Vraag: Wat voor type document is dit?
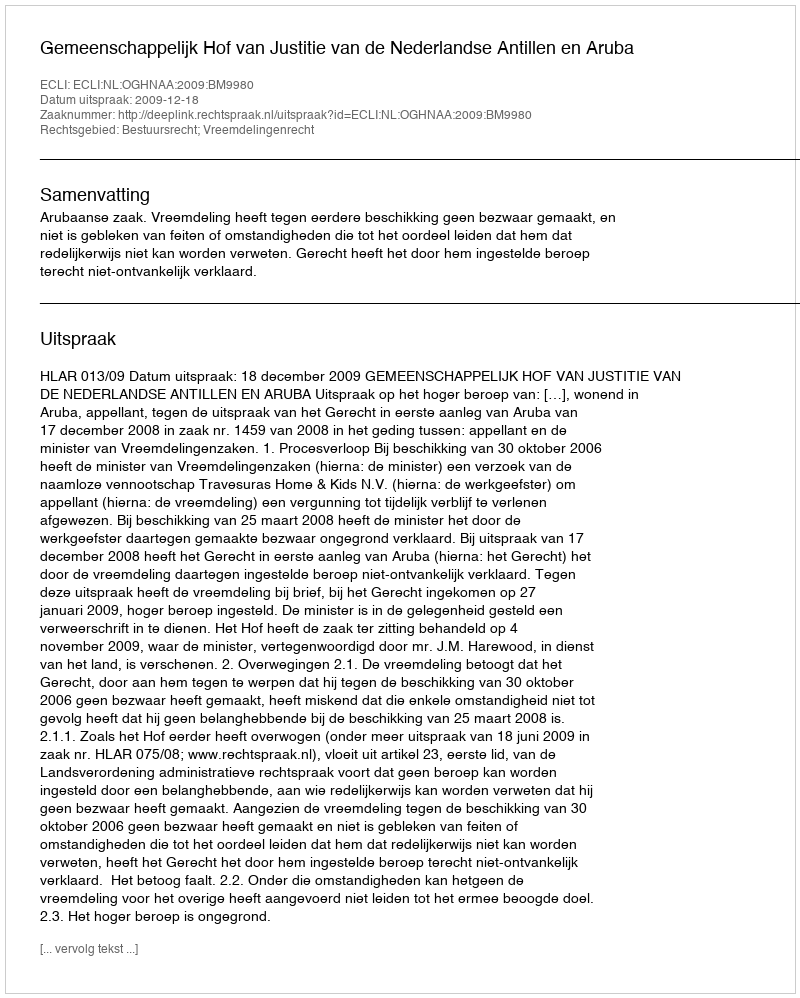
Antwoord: Uitspraak